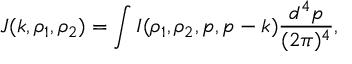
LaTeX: J ( k , \rho _ { 1 } , \rho _ { 2 } ) = \int I ( \rho _ { 1 } , \rho _ { 2 } , p , p - k ) { \frac { d ^ { 4 } p } { ( 2 \pi ) ^ { 4 } } } ,